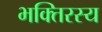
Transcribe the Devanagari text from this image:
भक्तिरस्य